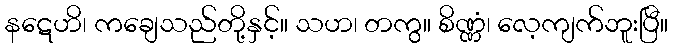
နဋေဟိ၊ ကချေသည်တို့နှင့်။ သဟ၊ တကွ။ စိဏ္ဏံ၊ လေ့ကျက်ဘူးပြီ။